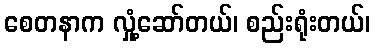
စေတနာက လှုံ့ဆော်တယ်၊ စည်းရုံးတယ်၊